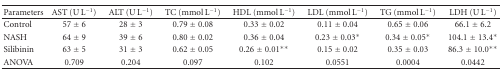
| Parameters | AST (U L−1) | ALT (U L−1) | TC (mmol L−1) | HDL (mmol L−1) | LDL (mmol L−1) | TG (mmol L−1) | LDH (U L−1) |
 | --- | --- | --- | --- | --- | --- | --- | --- |
 | Control | 57 ± 6 | 28 ± 3 | 0.79 ± 0.08 | 0.33 ± 0.02 | 0.11 ± 0.04 | 0.65 ± 0.06 | 66.1 ± 6.2 |
 | NASH | 64 ± 9 | 39 ± 6 | 0.80 ± 0.02 | 0.36 ± 0.04 | 0.23 ± 0.03* | 0.34 ± 0.05* | 104.1 ± 13.4* |
 | Silibinin | 63 ± 5 | 31 ± 3 | 0.62 ± 0.05 | 0.26 ± 0.01** | 0.15 ± 0.02 | 0.35 ± 0.03 | 86.3 ± 10.0** |
 | ANOVA | 0.709 | 0.204 | 0.097 | 0.102 | 0.0551 | 0.0004 | 0.0442 |